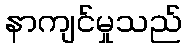
နာကျင်မှုသည်